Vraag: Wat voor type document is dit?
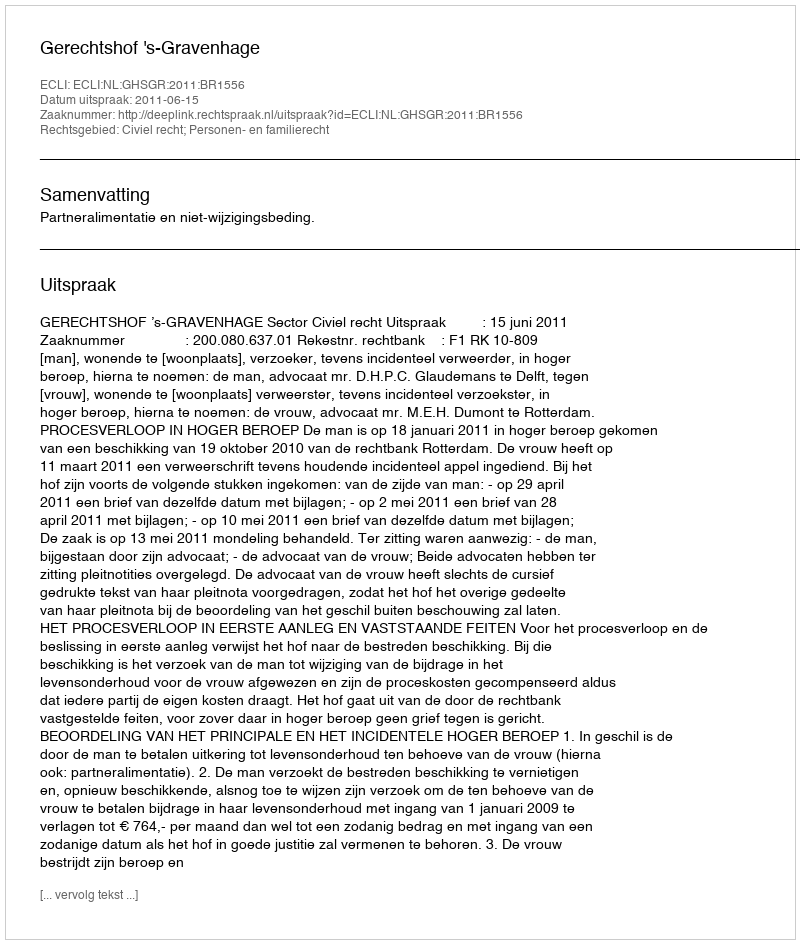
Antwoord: Uitspraak